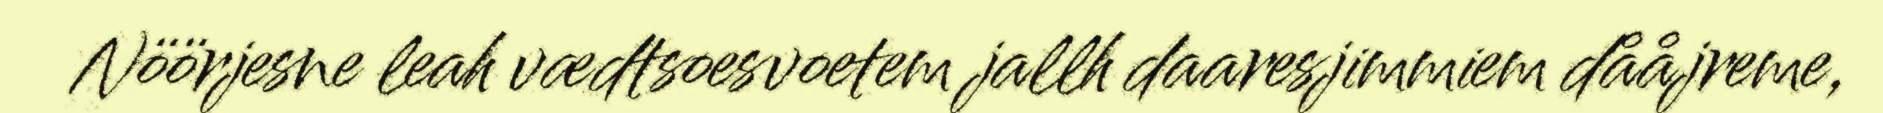
Nöörjesne leah vædtsoesvoetem jallh daaresjimmiem dååjreme,